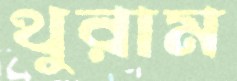
থুরাম